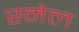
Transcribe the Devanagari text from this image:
स्मेल